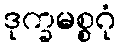
ဒုက္ခမစ္စဂုံ